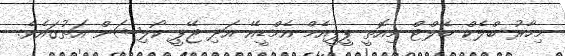
މިހާރު ބްލެކް ބެލްޓް މިއޮތީ ޕީޕީއެމް އެމްޑީއޭ އަދި ޖޭޕީ ކޯލިޝަން އަތުގައެވެ.